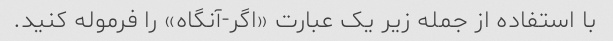
با استفاده از جمله زیر یک عبارت «اگر-آنگاه» را فرموله کنید.